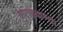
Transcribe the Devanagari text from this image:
मराठवाण्या